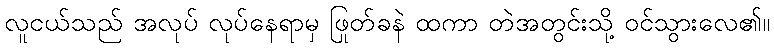
လူငယ်သည် အလုပ် လုပ်နေရာမှ ဖြုတ်ခနဲ ထကာ တဲအတွင်းသို့ ဝင်သွားလေ၏။